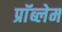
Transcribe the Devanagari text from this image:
प्राॅब्लेम